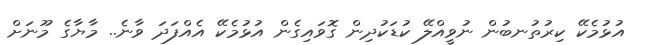
އުޅުމެކޭ ކިރުތުނބުން ނުވީއްލޭ ކުޑަކުދިން ގޮވައިގެން އުޅުމެކޭ އެއްފަދަ ވާނެ.. މާޔާގެ މޫނަށް